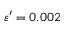
\varepsilon ^ { \prime } = 0 . 0 0 2